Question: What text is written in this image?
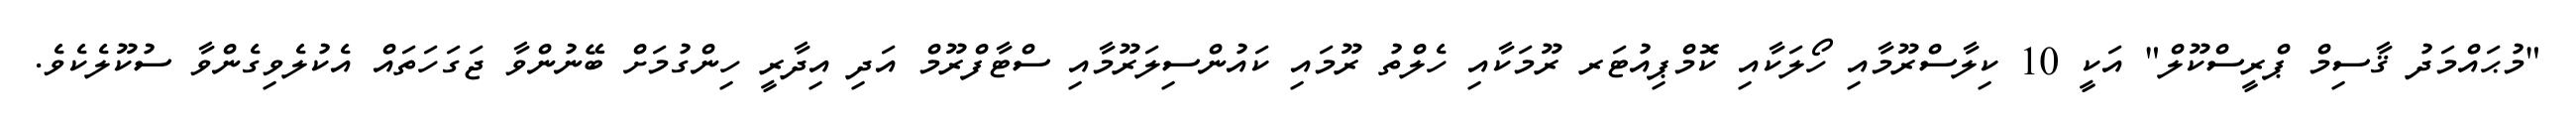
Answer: "މުޙައްމަދު ޤާސިމް ޕްރީސްކޫލް" އަކީ 10 ކިލާސްރޫމާއި ހޯލަކާއި ކޮމްޕިއުޓަރ ރޫމަކާއި ހެލްތު ރޫމައި ކައުންސިލަރޫމާއި ސްޓާފްރޫމް އަދި އިދާރީ ހިންގުމަށް ބޭނުންވާ ޖަގަހަތައް އެކުލެވިގެންވާ ސުކޫލެކެވެ.